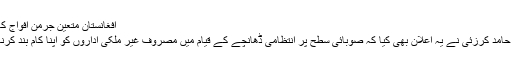
افغانستان متعین جرمن افواج کا دستہ
صدر حامد کرزئی نے یہ اعلان بھی کیا کہ صوبائی سطح پر انتظامی ڈھانچے کے قیام میں مصروف غیر ملکی اداروں کو اپنا کام بند کرنا ہوگا۔